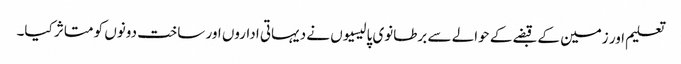
تعلیم اور زمین کے قبضے کے حوالے سے برطانوی پالیسیوں نے دیہاتی اداروں اور ساخت دونوں کو متاثر کیا۔